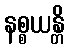
နစ္စယန္တိ